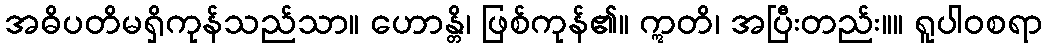
အဓိပတိမရှိကုန်သည်သာ။ ဟောန္တိ၊ ဖြစ်ကုန်၏။ ဣတိ၊ အပြီးတည်း။။ ရူပါဝစရာ